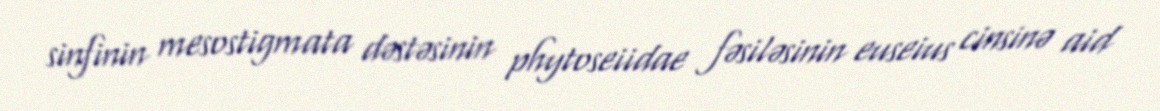
sinfinin mesostigmata dəstəsinin phytoseiidae fəsiləsinin euseius cinsinə aid